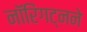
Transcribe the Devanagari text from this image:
नॉरिंगट्नने